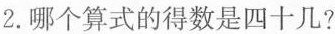
2. 哪个算式的得数是四十几?